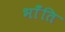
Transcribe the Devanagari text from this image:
भाँंति